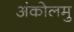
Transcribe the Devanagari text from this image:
अंकोलमु